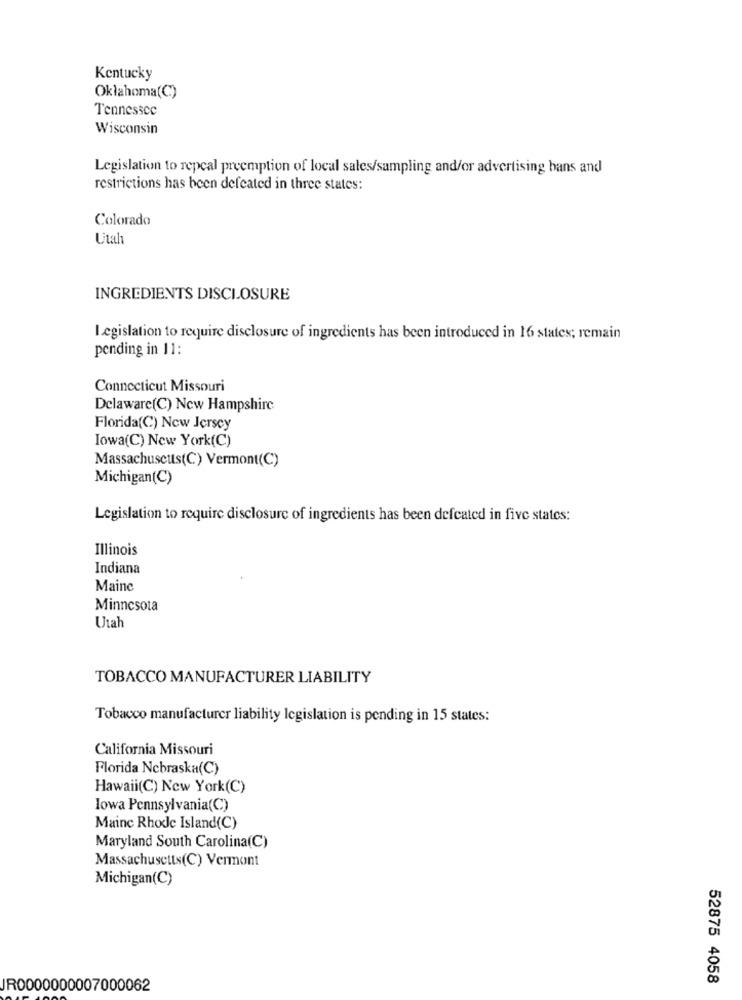
Kentucky
Oklahoma(C)
Tennessee
Wisconsin
Legislation to repcal preemption of local sales/sampling and/or advertising bans and
restrictions has been defeated in three states:
Colorado
Utah
INGREDIENTS DISCLOSURE
Legislation to require disclosure of ingredients has been introduced in 16 states; remain
pending in 11:
Connecticut Missouri
Delaware(C) New Hampshire
Florida(C) New Jersey
Iowa(C) New York(C)
Massachusetts(C) Vermont(C)
Michigan(C)
Legislation to require disclosure of ingredients has been defeated in five states:
Illinois
Indiana
Maine
Minnesota
Utah
TOBACCO MANUFACTURER LIABILITY
Tobacco manufacturer liability legislation is pending in 15 states:
California Missouri
Florida Nebraska(C)
Hawaii(C) New York(C)
lowa Pennsylvania(C)
Mainc Rhode Island(C)
Maryland South Carolina(C)
Massachusetts(C) Vermont
Michigan(C)
52875 4058
JR0000000007000062